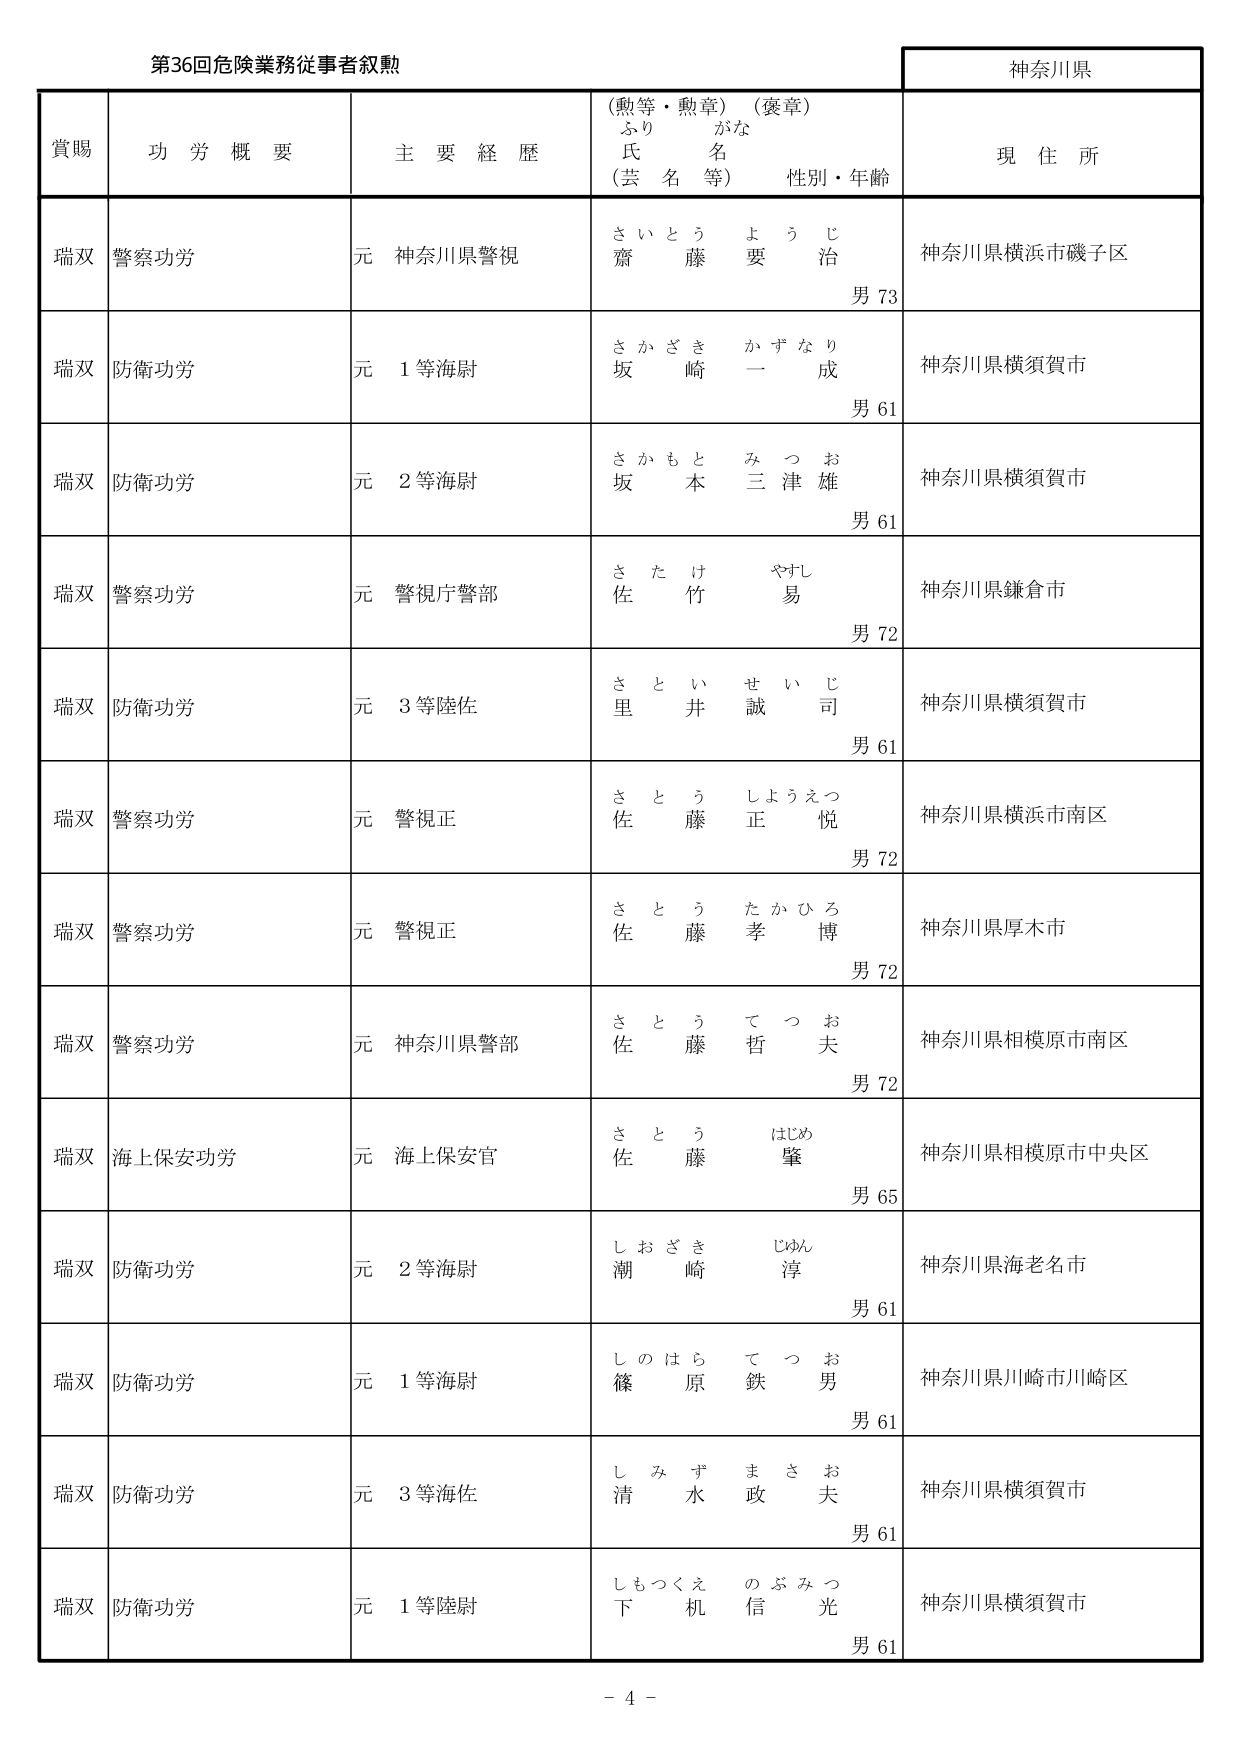
第36回危険業務従事者叙勲

神奈川県

賞賜　　功労概要　　主要経歴　　（勲等・勲章）（褒章）　　現住所
　　　　　　　　　　　　ふりがな
　　　　　　　　　　　　氏名
　　　　　　　　　　　　（芸名等）　　性別・年齢

瑞双　警察功労　　元 神奈川県警視　　さいとう　ようじ　　神奈川県横浜市磯子区
　　　　　　　　　　　　　　　　　　　　齋藤　要治　　男 73

瑞双　防衛功労　　元 1等海尉　　さかざき　かずなり　　神奈川県横須賀市
　　　　　　　　　　　　　　　　　　坂崎　一成　　男 61

瑞双　防衛功労　　元 2等海尉　　さかもと　みつお　　神奈川県横須賀市
　　　　　　　　　　　　　　　　　　坂本　三津雄　　男 61

瑞双　警察功労　　元 警視庁警部　　さたけ　やすし　　神奈川県鎌倉市
　　　　　　　　　　　　　　　　　　佐竹　易　　男 72

瑞双　防衛功労　　元 3等陸佐　　さとい　せいじ　　神奈川県横須賀市
　　　　　　　　　　　　　　　　　　里井　誠司　　男 61

瑞双　警察功労　　元 警視正　　さとう　しょうえつ　　神奈川県横浜市南区
　　　　　　　　　　　　　　　　　　佐藤　正悦　　男 72

瑞双　警察功労　　元 警視正　　さとう　たかひろ　　神奈川県厚木市
　　　　　　　　　　　　　　　　　　佐藤　孝博　　男 72

瑞双　警察功労　　元 神奈川県警部　　さとう　てつお　　神奈川県相模原市南区
　　　　　　　　　　　　　　　　　　佐藤　哲夫　　男 72

瑞双　海上保安功労　　元 海上保安官　　さとう　はじめ　　神奈川県相模原市中央区
　　　　　　　　　　　　　　　　　　佐藤　肇　　男 65

瑞双　防衛功労　　元 2等海尉　　しおざき　じゅん　　神奈川県海老名市
　　　　　　　　　　　　　　　　　　潮崎　淳　　男 61

瑞双　防衛功労　　元 1等海尉　　しのはら　てつお　　神奈川県川崎市川崎区
　　　　　　　　　　　　　　　　　　篠原　鉄男　　男 61

瑞双　防衛功労　　元 3等陸佐　　しみず　まさお　　神奈川県横須賀市
　　　　　　　　　　　　　　　　　　清水　政夫　　男 61

瑞双　防衛功労　　元 1等陸尉　　しもつくえ　のぶみつ　　神奈川県横須賀市
　　　　　　　　　　　　　　　　　　下机　信光　　男 61

－ 4 －